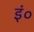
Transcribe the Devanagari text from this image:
इं०